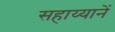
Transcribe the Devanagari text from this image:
सहाय्यानें